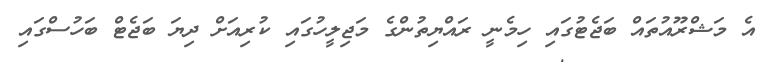
އެ މަޝްރޫއުތައް ބަޖެޓުގައި ހިމެނީ ރައްޔިތުންގެ މަޖިލީހުގައި ކުރިއަށް ދިޔަ ބަޖެޓް ބަހުސްގައި